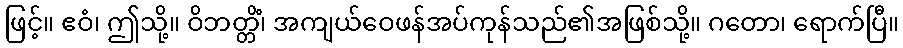
ဖြင့်။ ဧဝံ၊ ဤသို့။ ဝိဘတ္တိံ၊ အကျယ်ဝေဖန်အပ်ကုန်သည်၏အဖြစ်သို့။ ဂတော၊ ရောက်ပြီ။